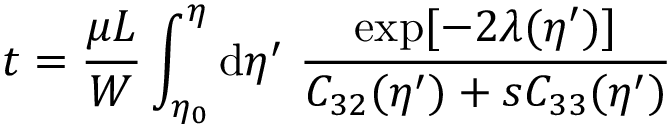
t = \frac { \mu L } { W } \int _ { \eta _ { 0 } } ^ { \eta } \mathrm { d } \eta ^ { \prime } \ \frac { \exp [ - 2 \lambda ( \eta ^ { \prime } ) ] } { C _ { 3 2 } ( \eta ^ { \prime } ) + s C _ { 3 3 } ( \eta ^ { \prime } ) }